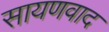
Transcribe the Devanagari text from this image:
सायणवाद